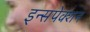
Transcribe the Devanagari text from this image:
इन्सपेक्शन